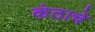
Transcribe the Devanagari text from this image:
कंठाचे